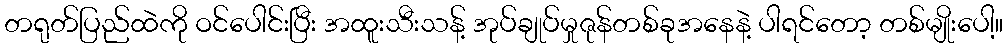
တရုတ်ပြည်ထဲကို ဝင်ပေါင်းပြီး အထူးသီးသန့် အုပ်ချုပ်မှုဇုန်တစ်ခုအနေနဲ့ ပါရင်တော့ တစ်မျိုးပေါ့။